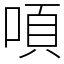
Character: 㖽